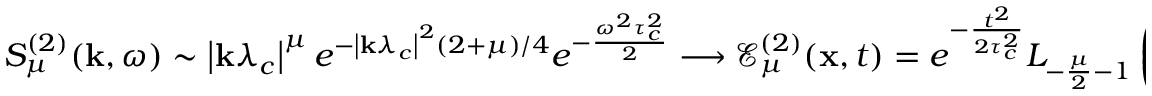
S _ { \mu } ^ { ( 2 ) } ( \mathbf { k } , \omega ) \sim \left| \mathbf { k } \lambda _ { c } \right| ^ { \mu } e ^ { - \left| \mathbf { k } \lambda _ { c } \right| ^ { 2 } ( 2 + \mu ) / 4 } e ^ { - \frac { \omega ^ { 2 } \tau _ { c } ^ { 2 } } { 2 } } \longrightarrow \mathcal { E } _ { \mu } ^ { ( 2 ) } ( \mathbf { x } , t ) = e ^ { - \frac { t ^ { 2 } } { 2 \tau _ { c } ^ { 2 } } } L _ { - \frac { \mu } { 2 } - 1 } \left( - \frac { | \mathbf { x } | ^ { 2 } } { 2 \left( \frac { \mu } { 2 } + 1 \right) \lambda _ { c } ^ { 2 } } \right)